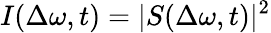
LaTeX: I(\Delta\omega,t)=\lvert S(\Delta\omega,t)\rvert^{2}